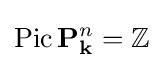
\operatorname {Pic} \mathbf {P} _{\mathbf {k} }^{n}=\mathbb {Z}